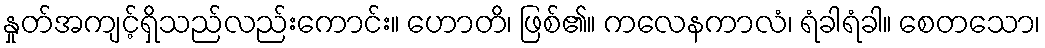
နှုတ်အကျင့်ရှိသည်လည်းကောင်း။ ဟောတိ၊ ဖြစ်၏။ ကလေနကာလံ၊ ရံခါရံခါ။ စေတသော၊